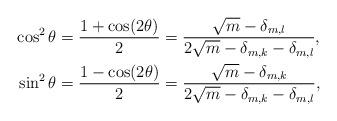
LaTeX: \begin{align*}\cos^2 \theta & =\frac{1+\cos(2 \theta)}{2}= \frac{\sqrt{m} - \delta_{m,l} }{2 \sqrt{m} - \delta_{m,k} - \delta_{m,l}},\\\sin^2 \theta & =\frac{1-\cos(2 \theta)}{2}= \frac{\sqrt{m} - \delta_{m,k} }{2 \sqrt{m} - \delta_{m,k} - \delta_{m,l}},\end{align*}